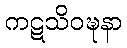
ကဋသိဝဍ္ဎနာ